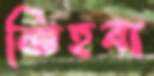
জিহবা